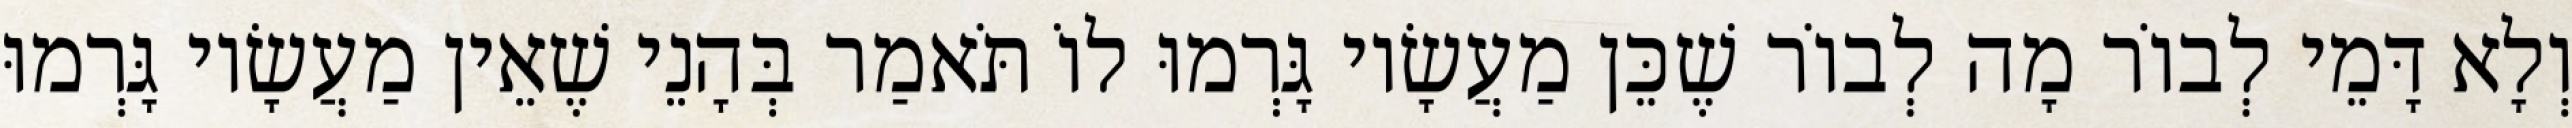
וְלָא דָּמֵי לְבוֹר מָה לְבוֹר שֶׁכֵּן מַעֲשָׂיו גָּרְמוּ לוֹ תֹּאמַר בְּהָנֵי שֶׁאֵין מַעֲשָׂיו גָּרְמוּ